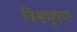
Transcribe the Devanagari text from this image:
विश्वभूषण